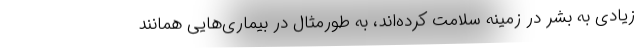
زیادی به بشر در زمینه سلامت کرده‌اند، به طورمثال در بیماری‌هایی همانند